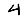
Digit: 4